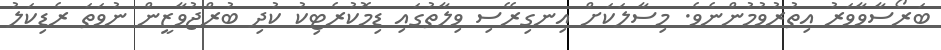
ބަރޯސާވާވަރު އިތުރުވުމުންނެވެ. މިސާލަކަށް އިނގިރޭސި ވިލާތުގައި ޑިމޮކުރެޓިކު ކުދި ބުރްޖުވާޒީން ނުވަތަ ރެޑިކަލު